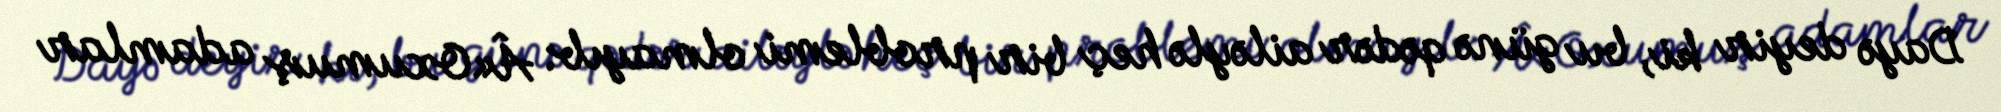
Dayə deyir ki, bu günə qədər ailəylə heç bir problemi olmayıb: Â«Oxumuş adamlar